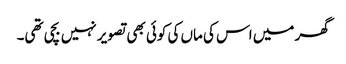
گھر میں اس کی ماں کی کوئی بھی تصویر نہیں بچی تھی۔